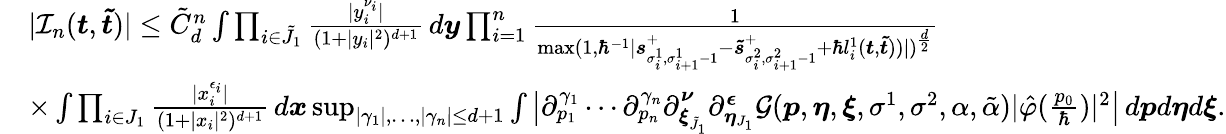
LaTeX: \begin{array}{rl}&{|\mathcal{I}_{n}(\boldsymbol{t},\boldsymbol{\tilde{t}})|\leq\tilde{C}_{d}^{n}\int\prod_{i\in\tilde{J}_{1}}\frac{|y_{i}^{\nu_{i}}|}{(1+|y_{i}|^{2})^{d+1}}\, d\boldsymbol{y}\prod_{i=1}^{n}\frac{1}{\operatorname*{max}(1,\hbar^{-1}|\boldsymbol{s}_{\sigma_{i}^{1},\sigma_{i+1}^{1}-1}^{+}-\boldsymbol{\tilde{s}}_{\sigma_{i}^{2},\sigma_{i+1}^{2}-1}^{+}+\hbar l_{i}^{1}(\boldsymbol{t},\boldsymbol{\tilde{t}}))|)^{\frac{d}{2}}}}\\ &{\times\int\prod_{i\in J_{1}}\frac{|x_{i}^{\epsilon_{i}}|}{(1+|x_{i}|^{2})^{d+1}}\, d\boldsymbol{x}\operatorname*{sup}_{|\gamma_{1}|,\dots,|\gamma_{n}|\leq d+1}\int\big|\partial_{p_{1}}^{\gamma_{1}}\cdots\partial_{p_{n}}^{\gamma_{n}}\partial_{\boldsymbol{\xi}_{\tilde{J}_{1}}}^{\boldsymbol{\nu}}\partial_{\boldsymbol{\eta}_{J_{1}}}^{\boldsymbol{\epsilon}}\mathcal{G}(\boldsymbol{p},\boldsymbol{\eta},\boldsymbol{\xi},\sigma^{1},\sigma^{2},\alpha,\tilde{\alpha})|\hat{\varphi}(\frac{p_{0}}{\hbar})|^{2}\big|\, d\boldsymbol{p}d\boldsymbol{\eta}d\boldsymbol{\xi}.}\end{array}